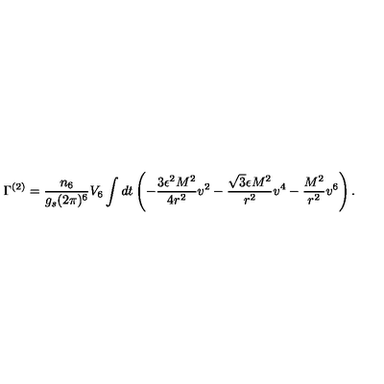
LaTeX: \Gamma ^ { ( 2 ) } = \frac { n _ { 6 } } { g _ { s } ( 2 \pi ) ^ { 6 } } V _ { 6 } \int d t \left( - \frac { 3 \epsilon ^ { 2 } M ^ { 2 } } { 4 r ^ { 2 } } v ^ { 2 } - \frac { \sqrt { 3 } \epsilon M ^ { 2 } } { r ^ { 2 } } v ^ { 4 } - \frac { M ^ { 2 } } { r ^ { 2 } } v ^ { 6 } \right) .